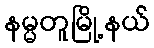
နမ္မတူမြို့နယ်